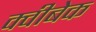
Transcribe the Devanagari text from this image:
क्वीबेक